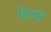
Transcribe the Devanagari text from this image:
केतवे